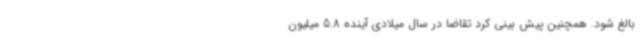
بالغ شود. همچنین پیش بینی کرد تقاضا در سال میلادی آینده 5.8 میلیون